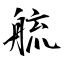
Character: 艈